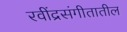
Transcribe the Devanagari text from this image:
रवींद्रसंगीतातील